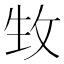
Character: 𤯛